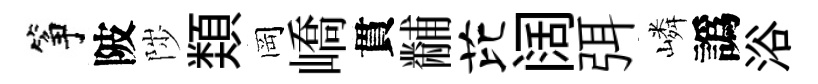
筝陂陟𩔖岡嶠貫黼芘阔弭嶙譌浴